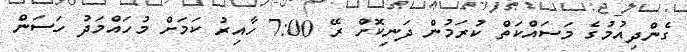
ގެންދިއުމުގެ މަސައްކަތް ކުރަމުން ދަނިކޮށް ރޭ 7:00 ހާއިރު ކަމަށް މުހައްމަދު ހަސަން